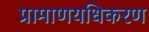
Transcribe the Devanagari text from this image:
प्रामाणयधिकरण